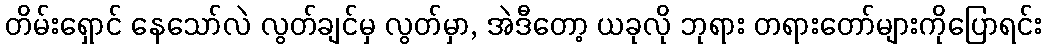
တိမ်းရှောင် နေသော်လဲ လွတ်ချင်မှ လွတ်မှာ, အဲဒီတော့ ယခုလို ဘုရား တရားတော်များကိုပြောရင်း